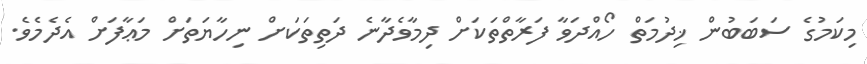
މިކަމުގެ ސަބަބުން ޚިދުމަތް ހޯއްދަވާ ފަރާތްތަކަށް ދިމާވެދާނެ ދަތިތަކަށް ނިހާޔަތަށް މަޢާފަށް އެދެމެވެ.